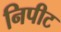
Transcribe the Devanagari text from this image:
निपीट